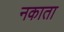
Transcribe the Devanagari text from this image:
नकाता